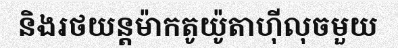
និងរថយន្តម៉ាកតូយ៉ូតាហ៊ីលុចមួយ